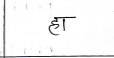
मजकूर: हा